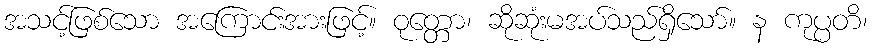
အသင့်ဖြစ်သော အကြောင်းအားဖြင့်။ ဝုတ္တော၊ ဆိုဆုံးမအပ်သည်ရှိသော်။ န ကုပ္ပတိ၊